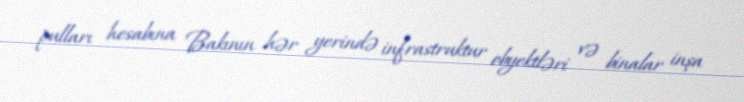
pulları hesabına Bakının hər yerində infrastruktur obyektləri və binalar inşa